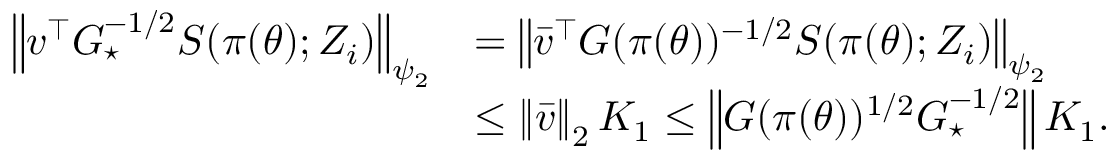
\begin{array} { r l } { \left\lVert v ^ { \top } G _ { \star } ^ { - 1 / 2 } S ( \pi ( \theta ) ; Z _ { i } ) \right\rVert _ { \psi _ { 2 } } } & { = \left\lVert \bar { v } ^ { \top } G ( \pi ( \theta ) ) ^ { - 1 / 2 } S ( \pi ( \theta ) ; Z _ { i } ) \right\rVert _ { \psi _ { 2 } } } \\ & { \le \left\lVert \bar { v } \right\rVert _ { 2 } K _ { 1 } \le \left\lVert G ( \pi ( \theta ) ) ^ { 1 / 2 } G _ { \star } ^ { - 1 / 2 } \right\rVert K _ { 1 } . } \end{array}